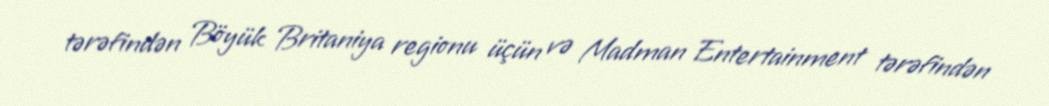
tərəfindən Böyük Britaniya regionu üçün və Madman Entertainment tərəfindən